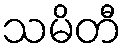
သမိတီ